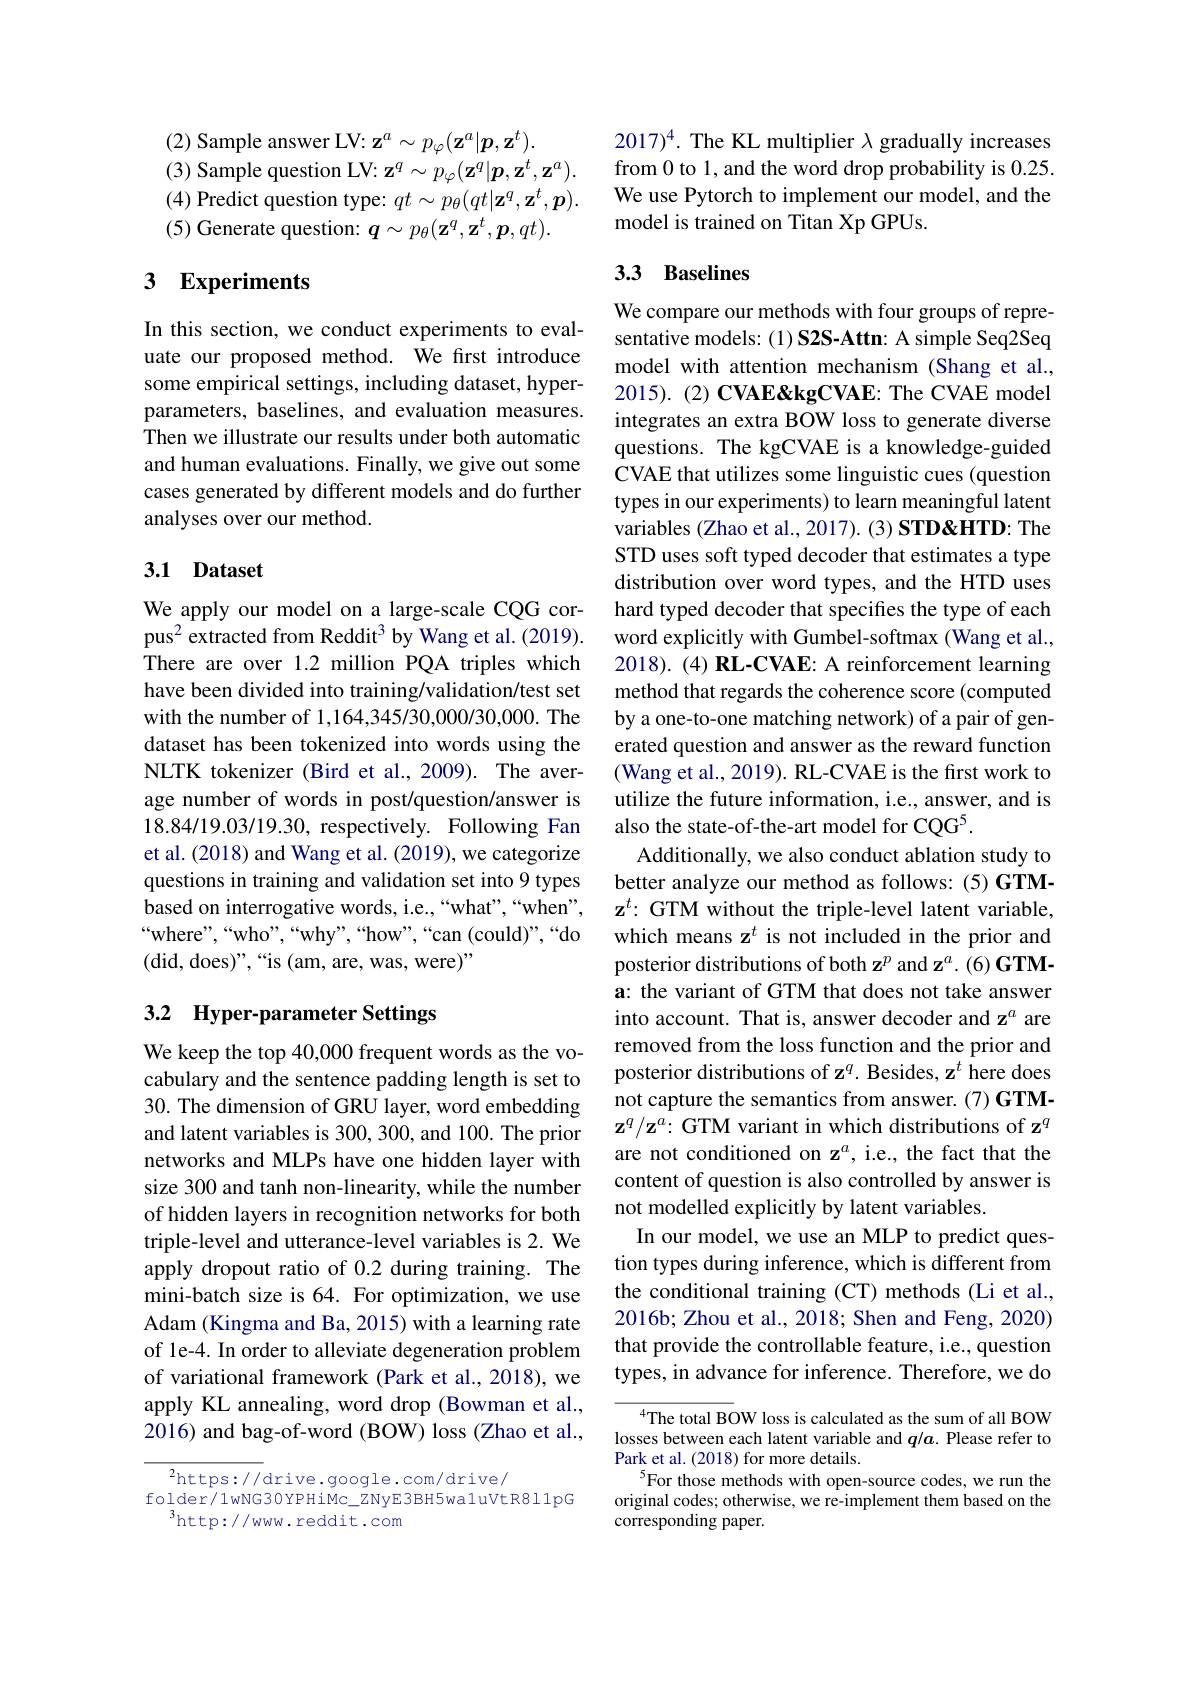
(2) Sample answer LV: $\mathbf{z}^a\sim p_{\varphi}(\mathbf{z}^{a}|\boldsymbol{p},\mathbf{z}^{t}).$
(3) Sample question LV: $\mathbf{z}^q\sim p_{\varphi}(\mathbf{z}^{q}|\boldsymbol{p},\mathbf{z}^{t},\mathbf{z}^{a}).$ (4) Predict question type: $qt\sim p_\theta(qt|\mathbf{z}^q,\mathbf{z}^t,\boldsymbol{p}).$ (5) Generate question: $\boldsymbol q\sim p_\theta(\mathbf{z}^q,\mathbf{z}^t,\boldsymbol{p},qt).$

## 3 Experiments

In this section, we conduct experiments to evaluate our proposed method. We first introduce some empirical settings, including dataset, hyperparameters, baselines, and evaluation measures. Then we illustrate our results under both automatic and human evaluations. Finally, we give out some cases generated by different models and do further analyses over our method.

## 3.1 Dataset

We apply our model on a large-scale CQG corpus$^{2}$extracted from Reddit$^3$ by Wang et al.(2019). There are over 1.2 million PQA triples which have been divided into training/validation/test set with the number of 1,164,345/30,000/30,000. The dataset has been tokenized into words using the NLTK tokenizer (Bird et al.,2009). The average number of words in post/question/answer is 18.84/19.03/19.30, respectively. Following Fan et al. (2018) and Wang et al. (2019), we categorize questions in training and validation set into 9 types based on interrogative words, i.e.,“what”,“when”, “where”,“who”,“why”,“how”,“can(could)”,“do (did, does)",“is (am, are, was, were)”

## 3.2 Hyper-parameter Settings

We keep the top 40,000 frequent words as the vocabulary and the sentence padding length is set to 30. The dimension of GRU layer, word embedding and latent variables is 300, 300, and 100. The prior networks and MLPs have one hidden layer with size 300 and tanh non-linearity, while the number of hidden layers in recognition networks for both triple-level and utterance-level variables is 2. We apply dropout ratio of 0.2 during training. The mini-batch size is 64. For optimization, we use Adam (Kingma and Ba, 2015) with a learning rate of le-4. In order to alleviate degeneration problem of variational framework (Park et al., 2018), we apply KL annealing, word drop (Bowman et al., 2016) and bag-of-word (BOW) loss (Zhao et al.,

$^2$https://drive.google.com/drive/
folder/1wNG30YPHiMc\_ZNyE3BH5wa1uVtR811pG
$^3$http://www.reddit.com

$2017)^4. The KL multiplier λ gradually increases$ from 0 to 1, and the word drop probability is 0.25. We use Pytorch to implement our model, and the model is trained on Titan Xp GPUs.

## 3.3 Baselines

We compare our methods with four groups of representative models: (1) S2S-Attn: A simple Seq2Seq model with attention mechanism (Shang et al., $2015) . ( 2) \textbf{CVAE\& kgCVAE: The CVAE model}$ integrates an extra BOW loss to generate diverse questions. The kgCVAE is a knowledge-guided CVAE that utilizes some linguistic cues (question types in our experiments) to learn meaningful latent variables (Zhao et al., 2017). (3) STD&HTD: The STD uses soft typed decoder that estimates a type distribution over word types, and the HTD uses hard typed decoder that specifies the type of each word explicitly with Gumbel-softmax (Wang et al., 2018). (4) RL-CVAE: A reinforcement learning method that regards the coherence score (computed by a one-to-one matching network) of a pair of generated question and answer as the reward function (Wang et al., 2019). RL-CVAE is the first work to utilize the future information, i.e., answer, and is also the state-of-the-art model for CQG$^5.$
Additionally, we also conduct ablation study to better analyze our method as follows: (5) GTM- $\mathbf{z}^t{:\text{ GTM without the triple-level latent variable,}}$ which means z$^t$ is not included in the prior and posterior distributions of both z$^p$ and z$^a. ( 6) \textbf{GTM- }$ a: the variant of GTM that does not take answer into account. That is, answer decoder and z$^{a}$ are removed from the loss function and the prior and posterior distributions of z$^q.$ Besides, z$^t$ here does not capture the semantics from answer. (7) GTM- $\mathbf{z}^q/\mathbf{z}^a{:\text{GTM variant in which distributions of z}^q}$ are not conditioned on z$^a$, i.e., the fact that the content of question is also controlled by answer is not modelled explicitly by latent variables.
In our model, we use an MLP to predict question types during inference, which is different from the conditional training (CT) methods (Li et al., 2016b; Zhou et al., 2018; Shen and Feng, 2020) that provide the controllable feature, i.e., question types, in advance for inference. Therefore, we do

$^{4}$The total BOW loss is calculated as the sum of all BOW losses between each latent variable and $q/\boldsymbol{a}.$ Please refer to Park et al. (2018) for more details.
$^{5}$For those methods with open-source codes, we run the original codes; otherwise, we re-implement them based on the ${\mathrm{corresponding~paper.}}$